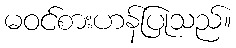
မဝင်စားဟန်ပြုသည်။